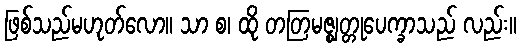
ဖြစ်သည်မဟုတ်လော။ သာ စ၊ ထို တတြမဇ္ဈတ္တုပေက္ခာသည် လည်း။